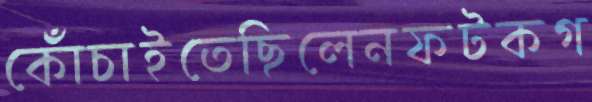
কোঁচাইতেছিলেনফটকগ